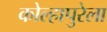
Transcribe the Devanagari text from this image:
कोल्हापुरेला